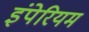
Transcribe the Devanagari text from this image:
इंपेरियम